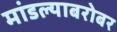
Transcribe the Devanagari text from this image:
मांडल्याबरोबर